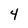
Character: 4